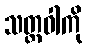
သတ္တဝါကို